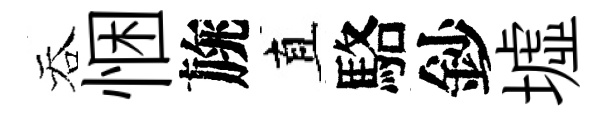
吞悃旐直駱鈔墟